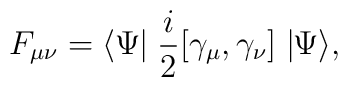
F_{\mu\nu} = \langle \Psi \! \!\mid \frac{i}{2}[\gamma_{\mu},\gamma_{\nu}]\mid \! \! \Psi \rangle ,